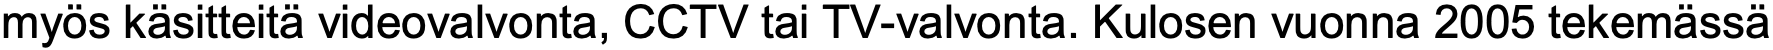
myös käsitteitä videovalvonta, CCTV tai TV-valvonta. Kulosen vuonna 2005 tekemässä